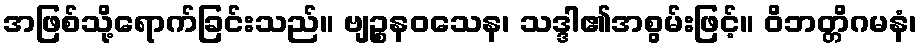
အဖြစ်သို့ရောက်ခြင်းသည်။ ဗျဉ္စနဝသေန၊ သဒ္ဒါ၏အစွမ်းဖြင့်။ ဝိဘတ္တိဂမနံ၊